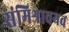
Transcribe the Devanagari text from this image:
संमिश्रावयव